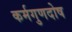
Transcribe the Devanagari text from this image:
कर्मगुणदोष